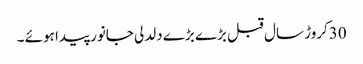
30کروڑ سال قبل بڑے بڑے دلدلی جانور پیدا ہوئے ۔